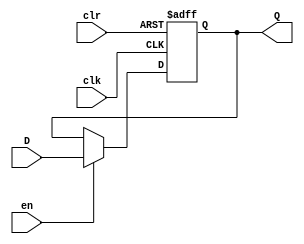
module Register5Bit(
	input [4:0] D,
	input clk,
	input en,
	input clr,
	output reg [4:0] Q
);
	
	initial begin
		Q <= 5'h000;
	end
	
	always @(posedge clk or posedge clr)
	begin
		if(clr) begin
			Q <= 5'h000;
		end
		else begin
			Q <= en ? D: Q;
		end
	end

endmodule